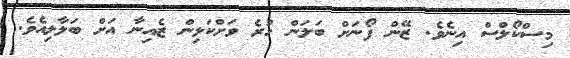
މިސްކޯލްސް އިނެވެ. ޒޭން ފޯނަށް ބަލަން ހުރެ ވަށްކަޅިން ޒެއިނާ އަށް ބަލާލިއެވެ.